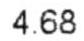
4.68